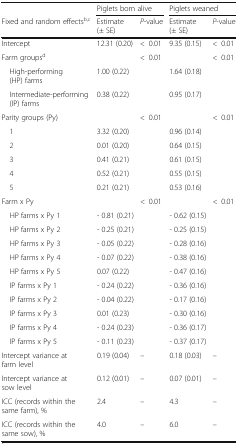
<table><thead><tr><td></td><td colspan="2"><b>Piglets born alive</b></td><td colspan="2"><b>Piglets weaned</b></td></tr><tr><td><b>Fixed and random effects<sup>b,c</sup></b></td><td><b>Estimate (± SE)</b></td><td><b><i>P</i>-value</b></td><td><b>Estimate (± SE)</b></td><td><b><i>P</i>-value</b></td></tr></thead><tbody><tr><td>Intercept</td><td>12.31 (0.20)</td><td>&lt;0.01</td><td>9.35 (0.15)</td><td>&lt;0.01</td></tr><tr><td>Farm groups<sup>d</sup></td><td></td><td>&lt;0.01</td><td></td><td>&lt;0.01</td></tr><tr><td> High-performing (HP) farms</td><td>1.00 (0.22)</td><td></td><td>1.64 (0.18)</td><td></td></tr><tr><td> Intermediate-performing (IP) farms</td><td>0.38 (0.22)</td><td></td><td>0.95 (0.17)</td><td></td></tr><tr><td>Parity groups (Py)</td><td></td><td>&lt;0.01</td><td></td><td>&lt;0.01</td></tr><tr><td> 1</td><td>3.32 (0.20)</td><td></td><td>0.96 (0.14)</td><td></td></tr><tr><td> 2</td><td>0.01 (0.20)</td><td></td><td>0.64 (0.15)</td><td></td></tr><tr><td> 3</td><td>0.41 (0.21)</td><td></td><td>0.61 (0.15)</td><td></td></tr><tr><td> 4</td><td>0.52 (0.21)</td><td></td><td>0.55 (0.15)</td><td></td></tr><tr><td> 5</td><td>0.21 (0.21)</td><td></td><td>0.53 (0.16)</td><td></td></tr><tr><td>Farm x Py</td><td></td><td>&lt;0.01</td><td></td><td>&lt;0.01</td></tr><tr><td> HP farms x Py 1</td><td>- 0.81 (0.21)</td><td></td><td>- 0.62 (0.15)</td><td></td></tr><tr><td> HP farms x Py 2</td><td>- 0.25 (0.21)</td><td></td><td>- 0.25 (0.15)</td><td></td></tr><tr><td> HP farms x Py 3</td><td>- 0.05 (0.22)</td><td></td><td>- 0.28 (0.16)</td><td></td></tr><tr><td> HP farms x Py 4</td><td>- 0.07 (0.22)</td><td></td><td>- 0.38 (0.16)</td><td></td></tr><tr><td> HP farms x Py 5</td><td>0.07 (0.22)</td><td></td><td>- 0.47 (0.16)</td><td></td></tr><tr><td> IP farms x Py 1</td><td>- 0.24 (0.22)</td><td></td><td>- 0.36 (0.16)</td><td></td></tr><tr><td> IP farms x Py 2</td><td>- 0.04 (0.22)</td><td></td><td>- 0.17 (0.16)</td><td></td></tr><tr><td> IP farms x Py 3</td><td>0.01 (0.23)</td><td></td><td>- 0.30 (0.16)</td><td></td></tr><tr><td> IP farms x Py 4</td><td>- 0.24 (0.23)</td><td></td><td>- 0.36 (0.17)</td><td></td></tr><tr><td> IP farms x Py 5</td><td>- 0.11 (0.23)</td><td></td><td>- 0.37 (0.17)</td><td></td></tr><tr><td>Intercept variance at farm level</td><td>0.19 (0.04)</td><td>–</td><td>0.18 (0.03)</td><td>–</td></tr><tr><td>Intercept variance at sow level</td><td>0.12 (0.01)</td><td>–</td><td>0.07 (0.01)</td><td>–</td></tr><tr><td>ICC (records within the same farm), %</td><td>2.4</td><td>–</td><td>4.3</td><td>–</td></tr><tr><td>ICC (records within the same sow), %</td><td>4.0</td><td>–</td><td>6.0</td><td>–</td></tr></tbody></table>